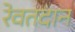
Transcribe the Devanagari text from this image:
रेवतदान